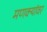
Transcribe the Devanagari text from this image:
मणक्यांवर